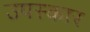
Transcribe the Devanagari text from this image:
उपस्‍कार